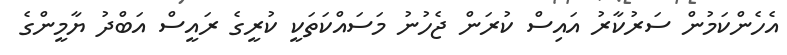
އެހެންކަމުން ސަރުކާރު އައިސް ކުރަން ޖެހުނު މަސައްކަތަކީ ކުރީގެ ރައީސް އަބްދު ޔާމީންގެ